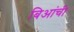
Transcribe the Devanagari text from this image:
बिआंची